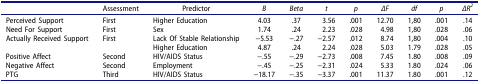
|  | Assessment | Predictor | B | Beta | t | p | ΔF | df | p | ΔR2 |
 | --- | --- | --- | --- | --- | --- | --- | --- | --- | --- | --- |
 | Perceived Support | First | Higher Education | 4.03 | .37 | 3.56 | .001 | 12.70 | 1,80 | .001 | .14 |
 | Need For Support | First | Sex | 1.74 | .24 | 2.23 | .028 | 4.98 | 1,80 | .028 | .06 |
 | Actually Received Support | First | Lack Of Stable Relationship | −5.53 | −.27 | −2.57 | .012 | 8.74 | 1,80 | .004 | .10 |
 |  |  | Higher Education | 4.87 | .24 | 2.24 | .028 | 5.03 | 1.79 | .028 | .05 |
 | Positive Affect | Second | HIV/AIDS Status | −.55 | −.29 | −2.73 | .008 | 7.45 | 1.80 | .008 | .09 |
 | Negative Affect | Second | Employment | −.45 | −.25 | −2.31 | .024 | 5.33 | 1.80 | .024 | .06 |
 | PTG | Third | HIV/AIDS Status | −18.17 | −.35 | −3.37 | .001 | 11.37 | 1.80 | .001 | .12 |